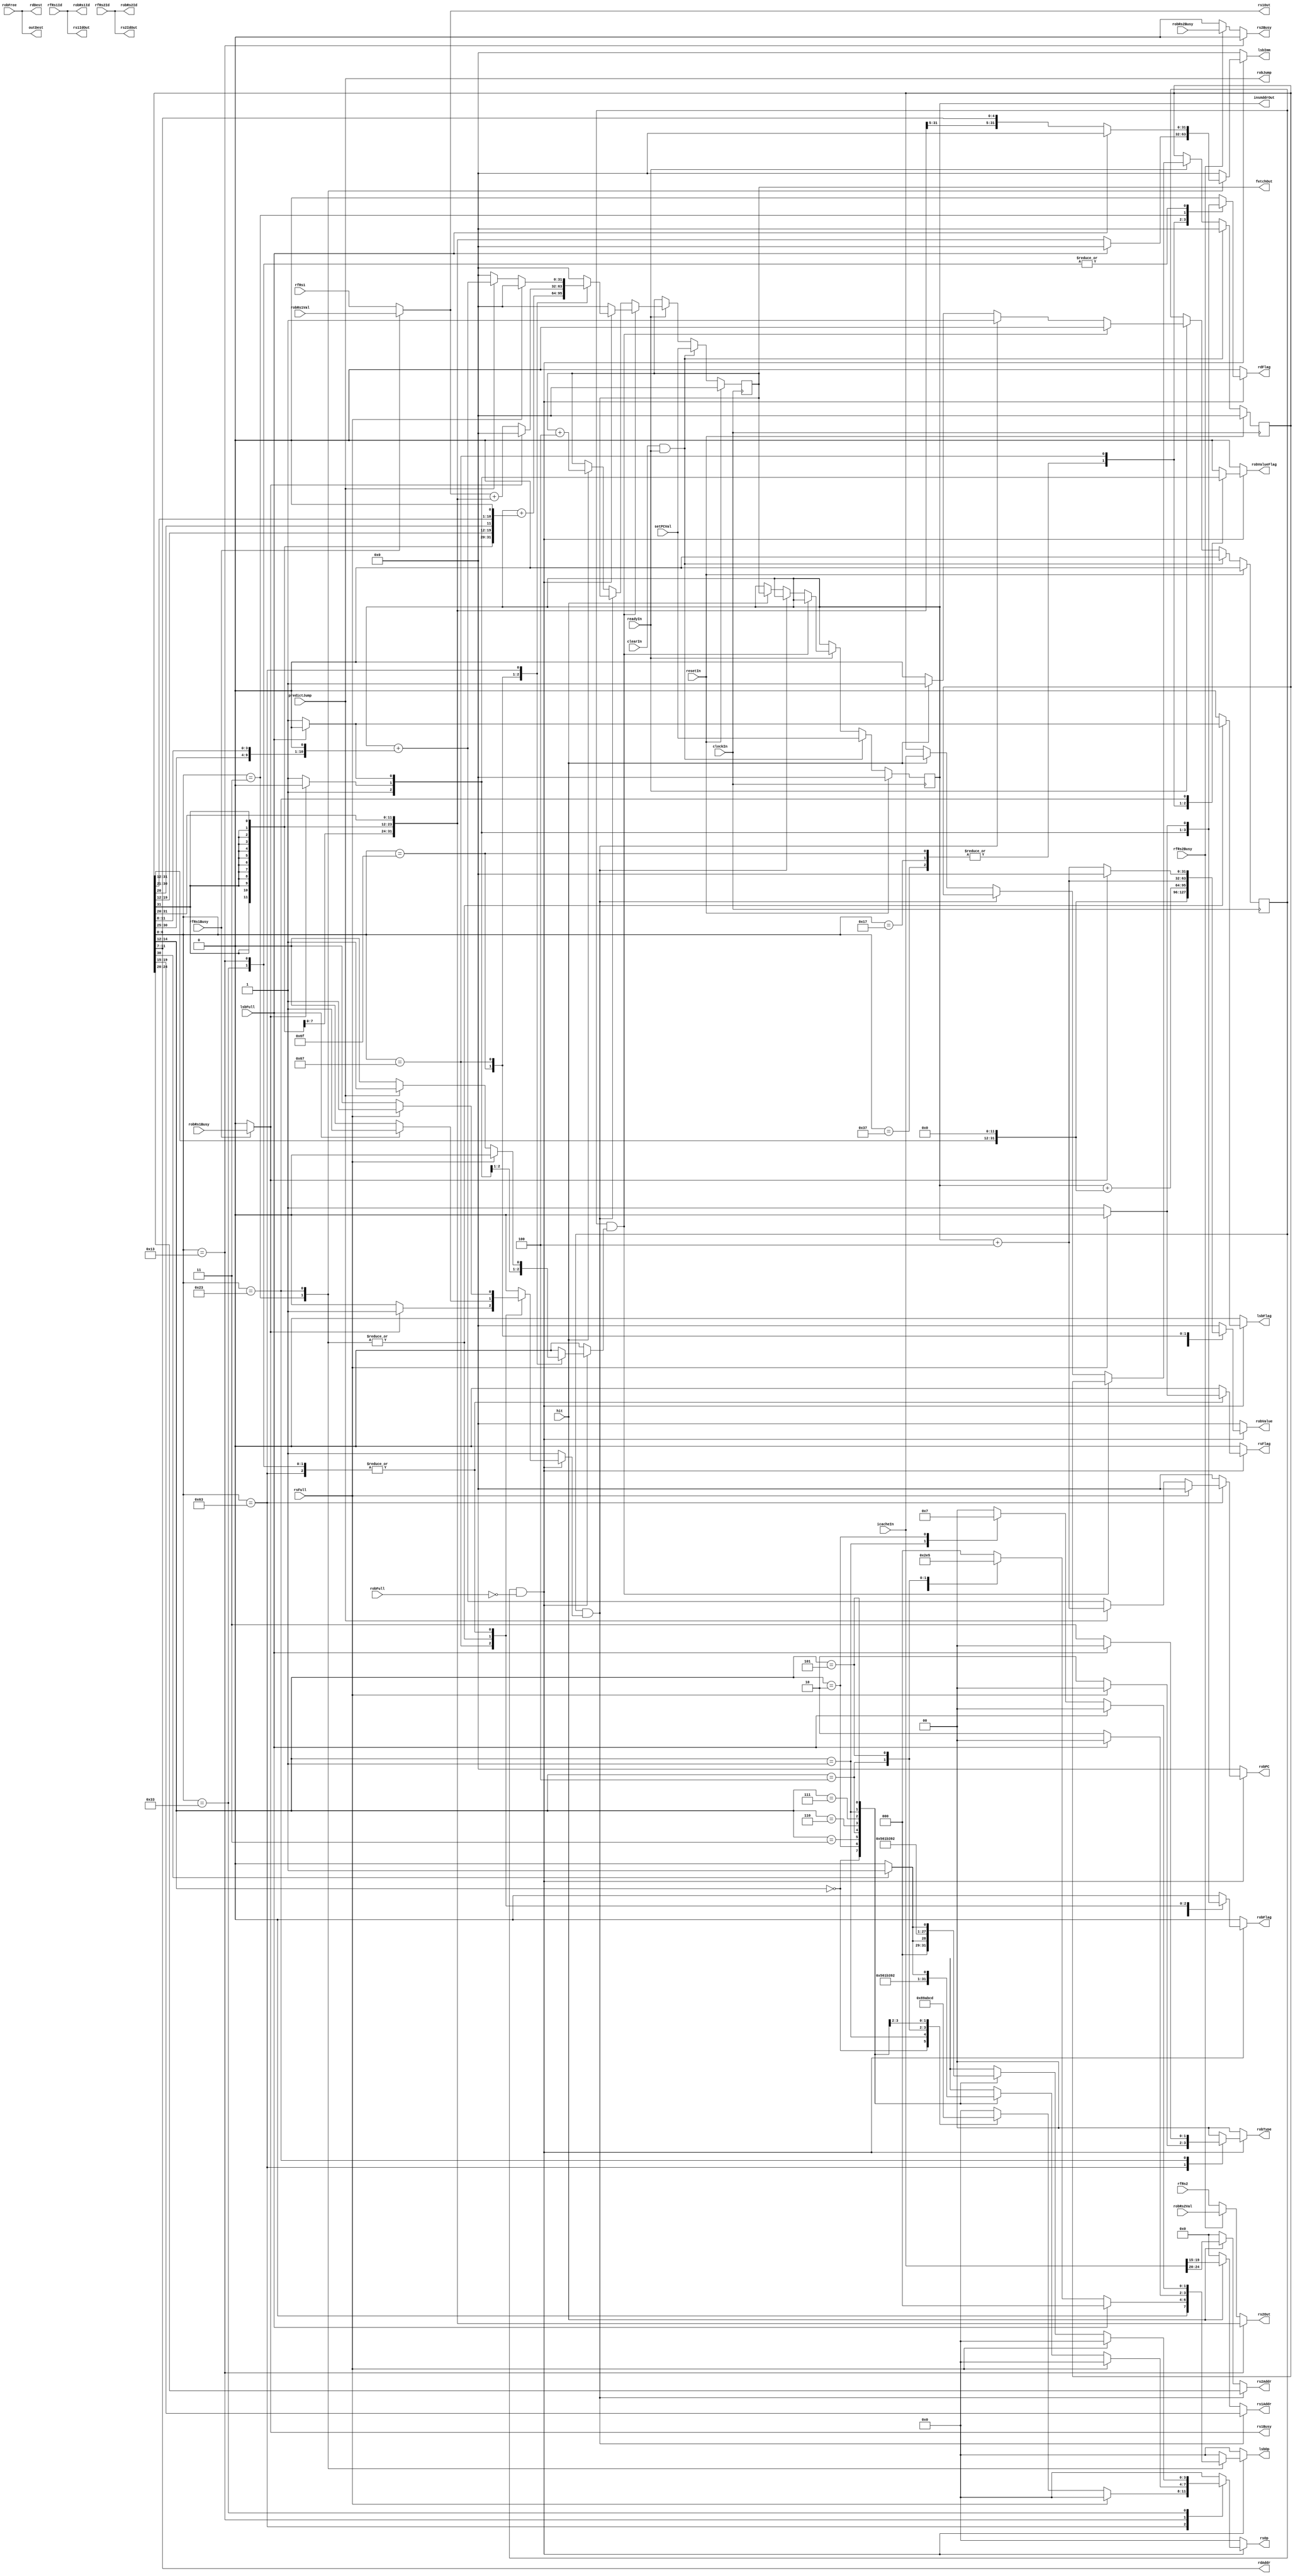
// Instruction Unit & PC
module InstructionUnit#(
    parameter ROB_WIDTH = 4
)(
    input wire  clockIn,
    input wire  resetIn,
    input wire  readyIn,

    // icache
    output wire [31:0] fetchOut,
    input wire  hit,
    input wire  [31:0] icacheIn,

    // register file
    output reg  rdFlag,
    output wire [4:0] rdAddr,
    output wire [ROB_WIDTH-1:0] rdDest,
    output wire [4:0] rs1Addr,
    output wire [4:0] rs2Addr,
    input wire  [31:0] rfRs1,
    input wire  [ROB_WIDTH-1:0] rfRs1Id,
    input wire  rfRs1Busy,
    input wire  [31:0] rfRs2,
    input wire  [ROB_WIDTH-1:0] rfRs2Id,
    input wire  rfRs2Busy,

    // predictor
    output wire [31:0] insAddrOut,
    input wire  predictJump,

    // reorder buffer
    output reg  robFlag,
    output reg  [1:0] robType,
    output wire robJump,
    output reg  [31:0] robPC,
    output reg  robValueFlag,
    output reg  [31:0] robValue,
    input wire  [ROB_WIDTH-1:0] robFree,
    input wire  robFull,
    input wire  clearIn,
    input wire  [31:0] setPCVal,
    output wire [ROB_WIDTH-1:0] robRs1Id,
    output wire [ROB_WIDTH-1:0] robRs2Id,
    input wire  robRs1Busy,
    input wire  robRs2Busy,
    input wire  [31:0] robRs1Val,
    input wire  [31:0] robRs2Val,

    // reservation station
    output reg  rsFlag,
    output reg  [3:0] rsOp,
    output wire [31:0] rs1Out,
    output wire [31:0] rs2Out,
    output wire rs1Busy,
    output wire rs2Busy,
    output wire [ROB_WIDTH-1:0] rs1IdOut,
    output wire [ROB_WIDTH-1:0] rs2IdOut,
    output wire [ROB_WIDTH-1:0] outDest,
    input wire  rsFull,

    // load store buffer
    output reg  lsbFlag,
    output reg  [3:0] lsbOp,
    output reg  [31:0] lsbImm,
    input wire  lsbFull
);

reg [31:0] fetchAddr;
reg [31:0] insReg;
reg [31:0] PC;
reg insValid;

// decode and issue
reg stall;
reg needJump;
reg [31:0] jumpPCVal;

wire [6:0] opcode = insReg[6:0];
wire [4:0] rd = insReg[11:7];
wire [2:0] funct3 = insReg[14:12];
wire [4:0] rs1 = insReg[19:15];
wire [4:0] rs2 = insReg[24:20];
wire [6:0] funct7 = insReg[31:25];
wire [31:0] imm12 = {{20{insReg[31]}}, insReg[31:20]};
wire [31:0] immB = {{20{insReg[31]}}, insReg[7], insReg[30:25], insReg[11:8], 1'b0};
wire [31:0] immS = {{20{insReg[31]}}, insReg[31:25], insReg[11:7]};

assign rdAddr = rd;
assign rdDest = robFree;
assign rs1Addr = insValid & stall ? rs1 : 
                   hit ? icacheIn[19:15] : 0;
assign rs2Addr = insValid & stall ? rs2 : 
                   hit ? icacheIn[24:20] : 0;
assign insAddrOut = PC;
assign robJump = predictJump;
assign robRs1Id = rfRs1Id;
assign robRs2Id = rfRs2Id;
assign rs1Out = rfRs1Busy ? robRs1Val : rfRs1;
assign rs2Out = opcode == 7'b0010011 ? imm12 :
                rfRs2Busy ? robRs2Val : rfRs2;
assign rs1Busy = ~rfRs1Busy ? 0 : robRs1Busy;
assign rs2Busy = opcode == 7'b0010011 ? 0 :
                 ~rfRs2Busy ? 0 : robRs2Busy;
assign rs1IdOut = rfRs1Id;
assign rs2IdOut = rfRs2Id;
assign outDest = robFree;

always@(*) begin
    rdFlag = 0;
    robFlag = 0;
    robType = 0;
    robPC = 0;
    robValueFlag = 0;
    robValue = 0;
    rsFlag = 0;
    rsOp = 0;
    lsbFlag = 0;
    lsbOp = 0;
    lsbImm = 0;
    stall = 0;
    needJump = 0;
    jumpPCVal = 0;
    if (insValid & ~robFull) begin
        case (opcode)
        7'b0110111: begin // lui
            robFlag = 1;
            rdFlag = 1;
            robValueFlag = 1;
            robValue = insReg[31:12] << 12;
        end
        7'b0010111: begin // auipc
            robFlag = 1;
            rdFlag = 1;
            robValueFlag = 1;
            robValue = PC + (insReg[31:12] << 12);
        end
        7'b1101111: begin // jal
            robFlag = 1;
            rdFlag = 1;
            needJump = 1;
            jumpPCVal = PC + {{12{insReg[31]}}, insReg[19:12], insReg[20], insReg[30:21], 1'b0};        
            robValueFlag = 1;
            robValue = PC + 4;
        end
        7'b1100111: begin // jalr
            if (rs1Busy) begin
                stall = 1;
            end else begin
                robFlag = 1;
                rdFlag = 1;
                needJump = 1;
                jumpPCVal = rs1Out + imm12;
                robValueFlag = 1;
                robValue = PC + 4;
            end
        end
        7'b1100011: begin // BRANCH
            if (rsFull) begin
                stall = 1;
            end else begin
                robFlag = 1;
                robType = 2'b10;
                if (predictJump) begin
                    needJump = 1;
                    jumpPCVal = PC + immB;
                    robPC = PC + 4;
                end else begin
                    robPC = PC + immB;
                end
                rsFlag = 1;
                case (funct3)
                    3'b000: rsOp = 4'b1000; // beq 
                    3'b001: rsOp = 4'b1001; // bne
                    3'b100: rsOp = 4'b1010; // blt
                    3'b101: rsOp = 4'b1011; // bge
                    3'b110: rsOp = 4'b1100; // bltu
                    3'b111: rsOp = 4'b1101; // bgeu  
                endcase
            end
        end
        7'b0000011: begin // LOAD
            if (lsbFull) begin
                stall = 1;
            end else begin
                robFlag = 1;
                rdFlag = 1;
                lsbFlag = 1;
                lsbImm = imm12;
                lsbOp[3] = 1'b0;
                case (funct3) 
                    3'b000: lsbOp[2:0] = 3'b000; // lb
                    3'b001: lsbOp[2:0] = 3'b001; // lh
                    3'b010: lsbOp[2:0] = 3'b011; // lw
                    3'b100: lsbOp[2:0] = 3'b100; // lbu
                    3'b101: lsbOp[2:0] = 3'b101; // lhu
                endcase
            end
        end
        7'b0100011: begin // STORE
            if (lsbFull) begin
                stall = 1;
            end else begin
                robFlag = 1;
                robType = 2'b11;
                robValueFlag = 1;
                lsbFlag = 1;
                lsbImm = {{20{insReg[31]}}, insReg[31:25], insReg[11:7]};
                lsbOp[3:2] = 2'b10;
                case (funct3)
                    3'b000: lsbOp[1:0] = 2'b00; // sb
                    3'b001: lsbOp[1:0] = 2'b01; // sh
                    3'b010: lsbOp[1:0] = 2'b11; // sw
                endcase
            end
        end
        7'b0010011: begin // I
            if (rsFull) begin
                stall = 1;
            end else begin
                robFlag = 1;
                rdFlag = 1;
                rsFlag = 1;
                case (funct3)
                    3'b000: rsOp = 4'b0000; // addi
                    3'b010: rsOp = 4'b1010; // slti
                    3'b011: rsOp = 4'b1100; // sltiu
                    3'b100: rsOp = 4'b0011; // xori
                    3'b110: rsOp = 4'b0110; // ori
                    3'b111: rsOp = 4'b0111; // andi
                    3'b001: rsOp = 4'b0010; // slli
                    3'b101: rsOp = insReg[30] ? 4'b0101 : 4'b0100; // srli/srai 
                endcase
            end
        end
        7'b0110011: begin // R
            if (rsFull) begin
                stall = 1;
            end else begin
                robFlag = 1;
                rdFlag = 1;
                rsFlag = 1;
                case (funct3)
                    3'b000: rsOp = insReg[30] ? 4'b0001 : 4'b0000; // add/sub
                    3'b010: rsOp = 4'b1010; // slt
                    3'b011: rsOp = 4'b1100; // sltu
                    3'b100: rsOp = 4'b0011; // xor
                    3'b110: rsOp = 4'b0110; // or
                    3'b111: rsOp = 4'b0111; // and
                    3'b001: rsOp = 4'b0010; // sll
                    3'b101: rsOp = insReg[30] ? 4'b0101 : 4'b0100; // srl/sra
                endcase
            end
        end
        endcase
    end else begin
        stall = 1;
    end
end

// ifetch
assign fetchOut = fetchAddr;
always @(posedge clockIn) begin
    if (resetIn) begin
        fetchAddr <= 0;
        PC <= 0;
        insReg <= 0;
        insValid <= 0;
    end else if (clearIn & readyIn) begin
        fetchAddr <= setPCVal;
        PC <= setPCVal;
        insReg <= 0;
        insValid <= 0;
    end else if (readyIn) begin
        if (insValid & needJump) begin
            fetchAddr <= jumpPCVal;
            insValid <= 0;
        end else if (insValid & stall) begin
            insValid <= 1;
        end else if (hit) begin
            PC <= fetchAddr;
            insReg <= icacheIn;
            insValid <= 1;
            fetchAddr <= fetchAddr + 4;
        end else begin
            insValid <= 0;
        end
    end
end

endmodule